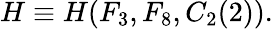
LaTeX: H\equiv H(F_{3},F_{8},C_{2}(2)).